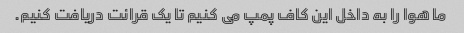
ما هوا را به داخل این کاف پمپ می کنیم تا یک قرائت دریافت کنیم.